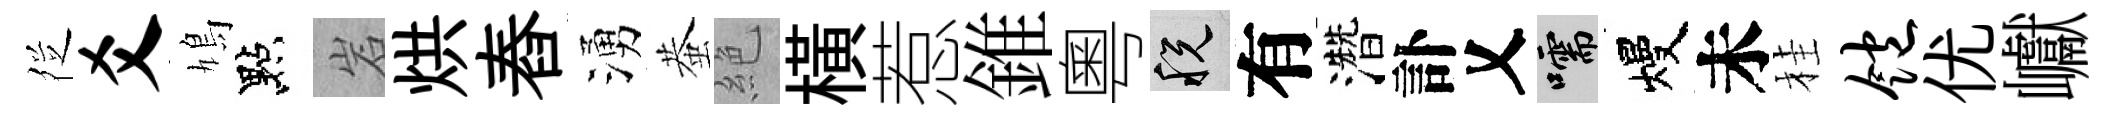
徔爻鳩點岩烘舂湧蛬絶橫惹錐粵税有濳訃乂嚅熳未桂饱优巘